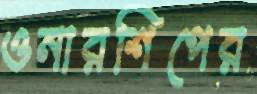
ওনারশিপের